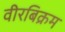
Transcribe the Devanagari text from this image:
वीरबिक्रम